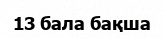
13 бала бақша